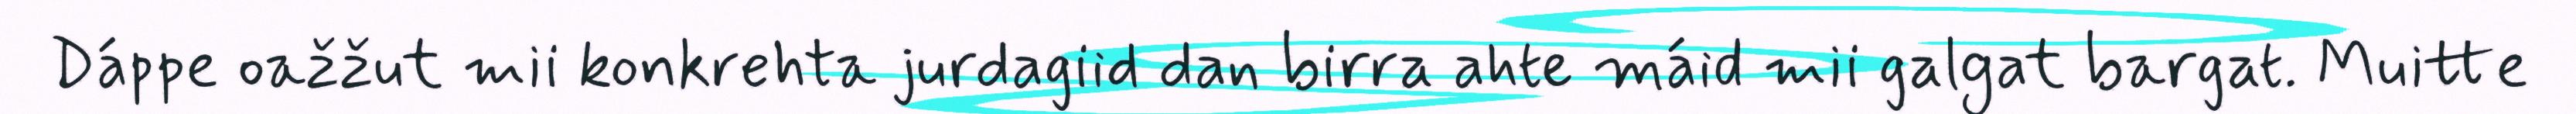
Dáppe oažžut mii konkrehta jurdagiid dan birra ahte máid mii galgat bargat. Muitte